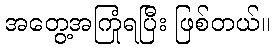
အတွေ့အကြုံရပြီး ဖြစ်တယ်။